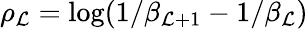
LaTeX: \rho_{\mathcal{L}}=\log(1/\beta_{\mathcal{L}+1}-1/\beta_{\mathcal{L}})